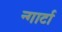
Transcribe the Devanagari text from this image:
न्गार्टा